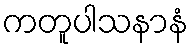
ကတူပါသနာနံ